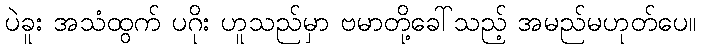
ပဲခူး အသံထွက် ပဂိုး ဟူသည်မှာ ဗမာတို့ခေါ်သည့် အမည်မဟုတ်ပေ။